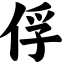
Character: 俘